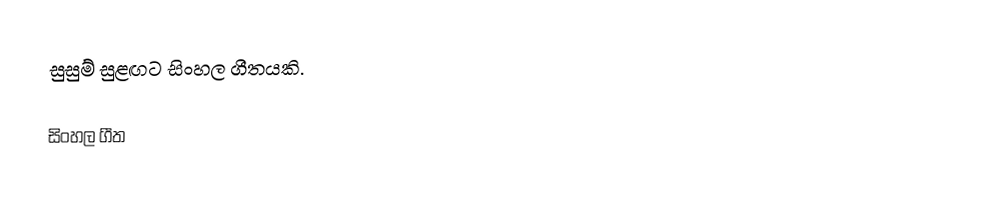
සුසුම් සුළඟට සිංහල ගීතයකි.

සිංහල ගීත